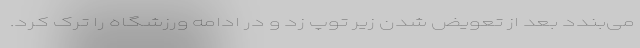
می‌بندد بعد از تعویض شدن زیر توپ زد و در ادامه ورزشگاه را ترک کرد.